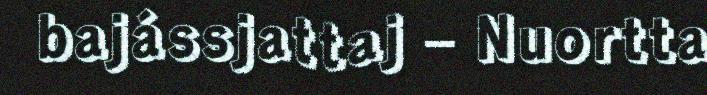
bajássjattaj – Nuortta